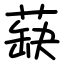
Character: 蒛